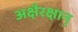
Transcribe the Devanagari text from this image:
अक्षैरक्षान्